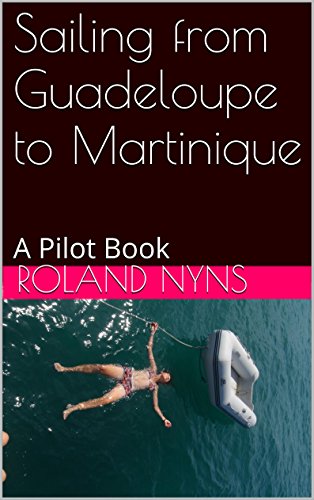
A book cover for Sailing from Guadeloupe to Martinique: A Pilot Book (Sailpilot for the Lesser Antilles 3); Roland Nyns; Travel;